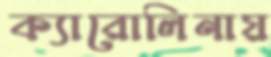
ক্যারোলিনায়